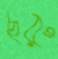
ছরু